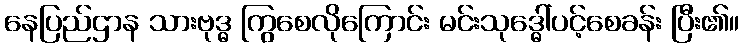
နေပြည်ဌာန သားဗုဒ္ဓ ကြွစေလိုကြောင်း မင်းသုဒ္ဓေါ်ပင့်စေခန်း ပြီး၏။